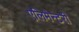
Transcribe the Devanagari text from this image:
एलिमेन्टरी